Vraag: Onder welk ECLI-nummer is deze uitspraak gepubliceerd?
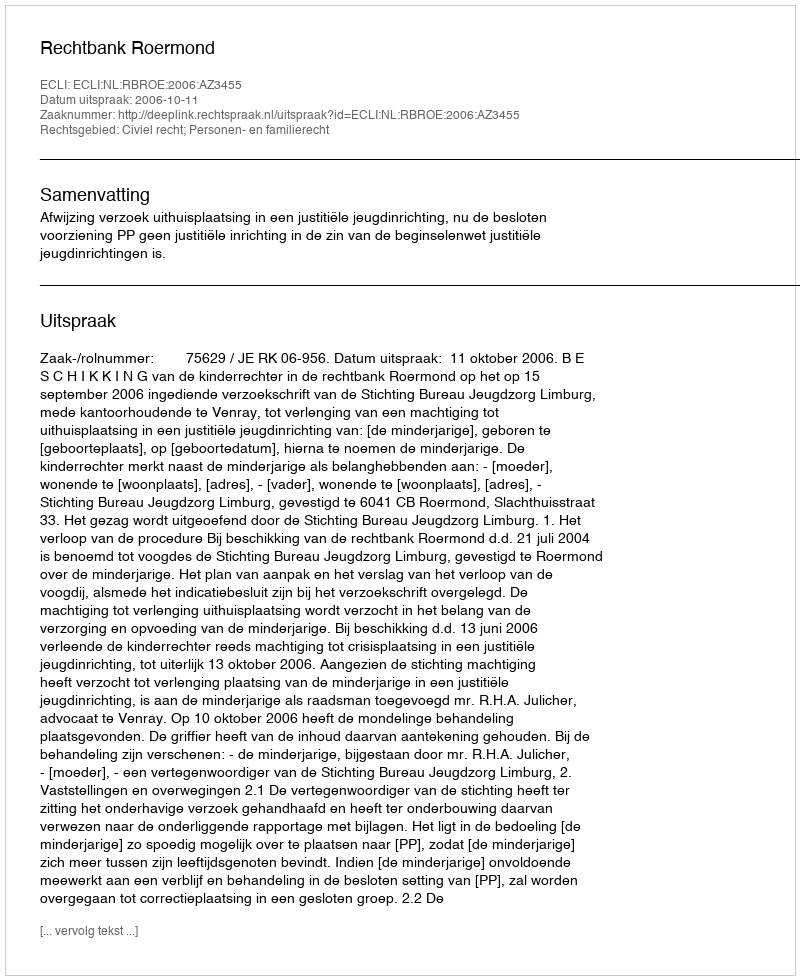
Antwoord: ECLI:NL:RBROE:2006:AZ3455